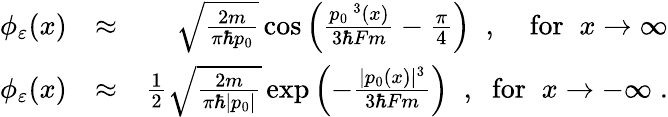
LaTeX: \begin{array}{rlr}{\phi_{\varepsilon}(x)}&{\approx}&{\sqrt{\frac{2m}{\pi\hbar p_{0}}}\cos\left(\frac{p_{0}\, ^{3}(x)}{3\hbar Fm}-\frac{\pi}{4}\right)\; \; ,\; \; \; \; \mathrm{for}\; \; x\to\infty}\\ {\phi_{\varepsilon}(x)}&{\approx}&{\frac{1}{2}\sqrt{\frac{2m}{\pi\hbar|p_{0}|}}\exp\left(-\frac{|p_{0}(x)|^{3}}{3\hbar Fm}\right)\; \; ,\; \; \mathrm{for}\; \; x\to-\infty\; .}\end{array}